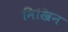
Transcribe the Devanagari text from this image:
मिखिन